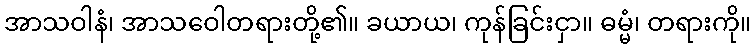
အာသဝါနံ၊ အာသဝေါတရားတို့၏။ ခယာယ၊ ကုန်ခြင်းငှာ။ ဓမ္မံ၊ တရားကို။